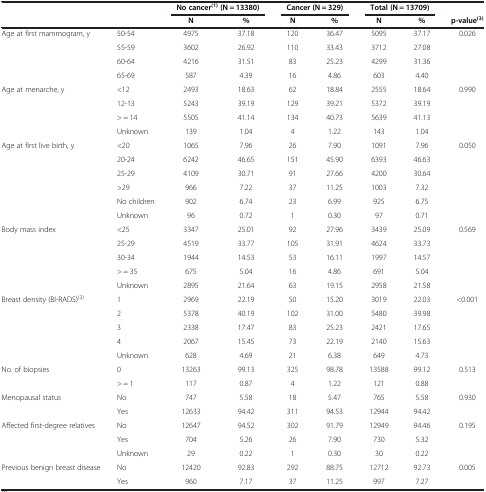
<table><thead><tr><td><b> </b></td><td><b> </b></td><td colspan="2"><b>No cancer<sup>(1) </sup>(N = 13380)</b></td><td colspan="2"><b>Cancer (N = 329)</b></td><td colspan="2"><b>Total (N = 13709)</b></td><td><b> </b></td></tr><tr><td><b> </b></td><td><b> </b></td><td><b>N</b></td><td><b>%</b></td><td><b>N</b></td><td><b>%</b></td><td><b>N</b></td><td><b>%</b></td><td><b>p-value<sup>(3)</sup></b></td></tr></thead><tbody><tr><td rowspan="4">Age at first mammogram, y</td><td>50-54</td><td>4975</td><td>37.18</td><td>120</td><td>36.47</td><td>5095</td><td>37.17</td><td>0.026</td></tr><tr><td>55-59</td><td>3602</td><td>26.92</td><td>110</td><td>33.43</td><td>3712</td><td>27.08</td><td> </td></tr><tr><td>60-64</td><td>4216</td><td>31.51</td><td>83</td><td>25.23</td><td>4299</td><td>31.36</td><td> </td></tr><tr><td>65-69</td><td>587</td><td>4.39</td><td>16</td><td>4.86</td><td>603</td><td>4.40</td><td> </td></tr><tr><td rowspan="4">Age at menarche, y</td><td>&lt;12</td><td>2493</td><td>18.63</td><td>62</td><td>18.84</td><td>2555</td><td>18.64</td><td>0.990</td></tr><tr><td>12-13</td><td>5243</td><td>39.19</td><td>129</td><td>39.21</td><td>5372</td><td>39.19</td><td> </td></tr><tr><td>&gt; = 14</td><td>5505</td><td>41.14</td><td>134</td><td>40.73</td><td>5639</td><td>41.13</td><td> </td></tr><tr><td>Unknown</td><td>139</td><td>1.04</td><td>4</td><td>1.22</td><td>143</td><td>1.04</td><td> </td></tr><tr><td rowspan="6">Age at first live birth, y</td><td>&lt;20</td><td>1065</td><td>7.96</td><td>26</td><td>7.90</td><td>1091</td><td>7.96</td><td>0.050</td></tr><tr><td>20-24</td><td>6242</td><td>46.65</td><td>151</td><td>45.90</td><td>6393</td><td>46.63</td><td> </td></tr><tr><td>25-29</td><td>4109</td><td>30.71</td><td>91</td><td>27.66</td><td>4200</td><td>30.64</td><td> </td></tr><tr><td>&gt;29</td><td>966</td><td>7.22</td><td>37</td><td>11.25</td><td>1003</td><td>7.32</td><td> </td></tr><tr><td>No children</td><td>902</td><td>6.74</td><td>23</td><td>6.99</td><td>925</td><td>6.75</td><td> </td></tr><tr><td>Unknown</td><td>96</td><td>0.72</td><td>1</td><td>0.30</td><td>97</td><td>0.71</td><td> </td></tr><tr><td rowspan="5">Body mass index</td><td>&lt;25</td><td>3347</td><td>25.01</td><td>92</td><td>27.96</td><td>3439</td><td>25.09</td><td>0.569</td></tr><tr><td>25-29</td><td>4519</td><td>33.77</td><td>105</td><td>31.91</td><td>4624</td><td>33.73</td><td> </td></tr><tr><td>30-34</td><td>1944</td><td>14.53</td><td>53</td><td>16.11</td><td>1997</td><td>14.57</td><td> </td></tr><tr><td>&gt; = 35</td><td>675</td><td>5.04</td><td>16</td><td>4.86</td><td>691</td><td>5.04</td><td> </td></tr><tr><td>Unknown</td><td>2895</td><td>21.64</td><td>63</td><td>19.15</td><td>2958</td><td>21.58</td><td> </td></tr><tr><td rowspan="5">Breast density (BI-RADS)<sup>(2)</sup></td><td>1</td><td>2969</td><td>22.19</td><td>50</td><td>15.20</td><td>3019</td><td>22.03</td><td>&lt;0.001</td></tr><tr><td>2</td><td>5378</td><td>40.19</td><td>102</td><td>31.00</td><td>5480</td><td>39.98</td><td> </td></tr><tr><td>3</td><td>2338</td><td>17.47</td><td>83</td><td>25.23</td><td>2421</td><td>17.65</td><td> </td></tr><tr><td>4</td><td>2067</td><td>15.45</td><td>73</td><td>22.19</td><td>2140</td><td>15.63</td><td> </td></tr><tr><td>Unknown</td><td>628</td><td>4.69</td><td>21</td><td>6.38</td><td>649</td><td>4.73</td><td> </td></tr><tr><td rowspan="2">No. of biopsies</td><td>0</td><td>13263</td><td>99.13</td><td>325</td><td>98.78</td><td>13588</td><td>99.12</td><td>0.513</td></tr><tr><td>&gt; = 1</td><td>117</td><td>0.87</td><td>4</td><td>1.22</td><td>121</td><td>0.88</td><td> </td></tr><tr><td rowspan="2">Menopausal status</td><td>No</td><td>747</td><td>5.58</td><td>18</td><td>5.47</td><td>765</td><td>5.58</td><td>0.930</td></tr><tr><td>Yes</td><td>12633</td><td>94.42</td><td>311</td><td>94.53</td><td>12944</td><td>94.42</td><td> </td></tr><tr><td rowspan="3">Affected first-degree relatives</td><td>No</td><td>12647</td><td>94.52</td><td>302</td><td>91.79</td><td>12949</td><td>94.46</td><td>0.195</td></tr><tr><td>Yes</td><td>704</td><td>5.26</td><td>26</td><td>7.90</td><td>730</td><td>5.32</td><td> </td></tr><tr><td>Unknown</td><td>29</td><td>0.22</td><td>1</td><td>0.30</td><td>30</td><td>0.22</td><td> </td></tr><tr><td>Previous benign breast disease</td><td>No</td><td>12420</td><td>92.83</td><td>292</td><td>88.75</td><td>12712</td><td>92.73</td><td>0.005</td></tr><tr><td> </td><td>Yes</td><td>960</td><td>7.17</td><td>37</td><td>11.25</td><td>997</td><td>7.27</td><td> </td></tr></tbody></table>